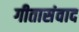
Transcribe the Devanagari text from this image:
गीतासंवाद